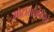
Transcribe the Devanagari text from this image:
मोटासाइकिलों